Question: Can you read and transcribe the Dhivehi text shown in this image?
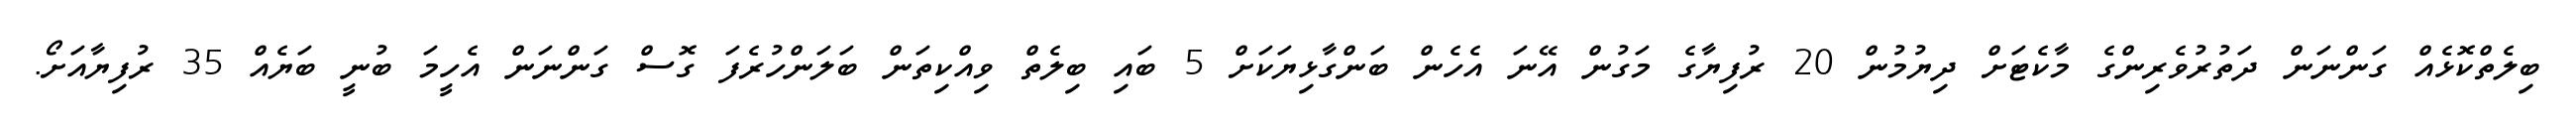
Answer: ބިލެތްކޮޅެއް ގަންނަން ދަތުރުވެރިންގެ މާކެޓަށް ދިޔުމުން 20 ރުފިޔާގެ މަގުން އޭނަ އެހެން ބަންގާޅިޔަކަށް 5 ބައި ބިލެތް ވިއްކިތަން ބަލަންހުރެފަ ގޮސް ގަންނަން އެހީމަ ބުނީ ބަޔެއް 35 ރުފިޔާއަށޯ.